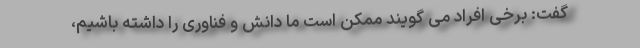
گفت: برخی افراد می گویند ممکن است ما دانش و فناوری را داشته باشیم،